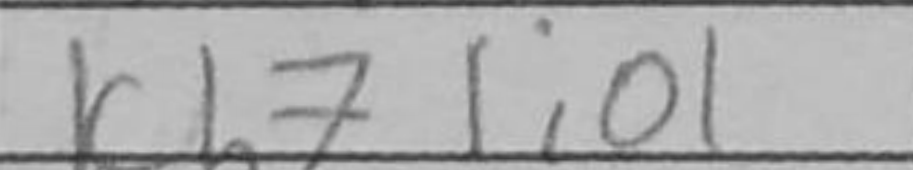
Transcription: Kh7